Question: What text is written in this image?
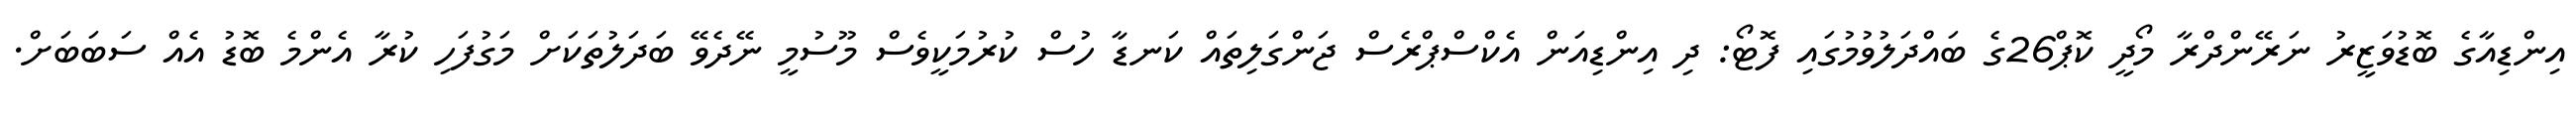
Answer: އިންޑިއާގެ ބޮޑުވަޒީރު ނަރޭންދްރާ މޯދީ ކޮޕް26ގެ ބައްދަލުވުމުގައި ފޮޓޯ: ދި އިންޑިއަން އެކްސްޕްރެސް ޖަންގަލިތައް ކަނޑާ ހުސް ކުރުމަކީވެސް މޫސުމީ ނޭދެވޭ ބަދަލުތަކަށް މަގުފަހި ކުރާ އެންމެ ބޮޑު އެއް ސަބަބަށް.